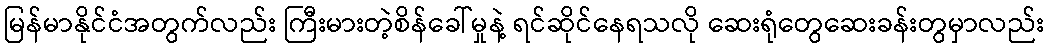
မြန်မာနိုင်ငံအတွက်လည်း ကြီးမားတဲ့စိန်ခေါ်မှုနဲ့ ရင်ဆိုင်နေရသလို ဆေးရုံတွေဆေးခန်းတွမှာလည်း